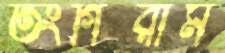
তংগিরাম